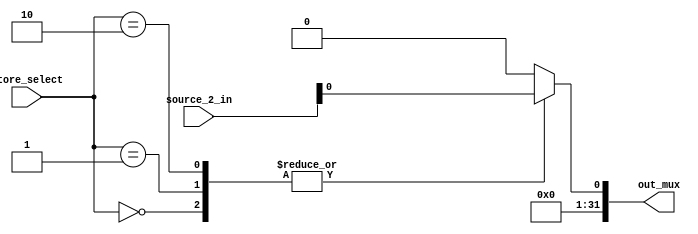
module StoreBlock(
   source_2_in,
   store_select,
   out_mux
);
   input [31:0] source_2_in;
   input [2:0] store_select;
   output reg [31:0] out_mux;
    assign sw=source_2_in[31:0];
    assign sh={ 16'b0 ,source_2_in[15:0]};
    assign sb={ 24'b0 ,source_2_in[7:0]};
       always @(*) begin
        case (store_select)
            3'b000: out_mux = sw; // Select sw
            3'b001: out_mux = sh; // Select sh
            3'b010: out_mux = sb; // Select sb
            default: out_mux = 32'b0; // Default case 
        endcase
    end
  

endmodule